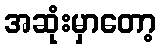
အဆုံးမှာတော့